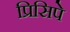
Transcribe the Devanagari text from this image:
प्रिसिपे